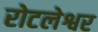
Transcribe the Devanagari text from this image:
रोटलेश्वर